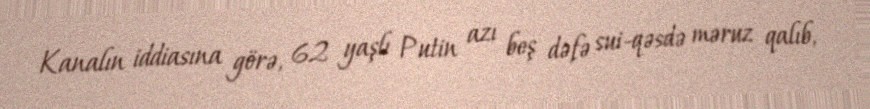
Kanalın iddiasına görə, 62 yaşlı Putin azı beş dəfə sui-qəsdə məruz qalıb,